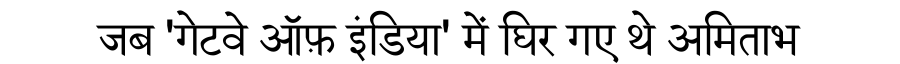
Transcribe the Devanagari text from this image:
जब 'गेटवे ऑफ़ इंडिया' में घिर गए थे अमिताभ